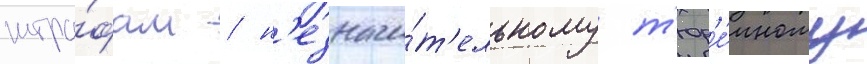
штра́фам / н'езначи́т'ельному т'юр'е́мному